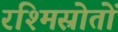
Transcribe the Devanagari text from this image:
रश्मिस्रोतों